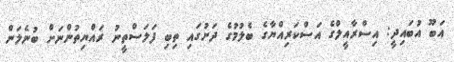
އަބޫ އުބައިދީ: އިސްރާއީލްގެ އަސްކަރިއްޔާގެ ބެލުމުގެ ދަށުގައި ތިބި ފަލަސްތީނު ރައްޔިތުންނަށް ބުނެލަން